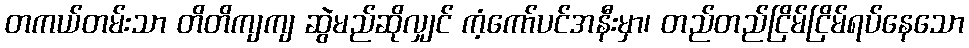
တကယ်တမ်းသာ တိတိကျကျ ဆွဲမည်ဆိုလျှင် ကံ့ကော်ပင်အနီးမှာ၊ တည်တည်ငြိမ်ငြိမ်ရပ်နေသော